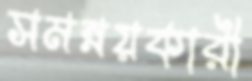
সমন্নয়কারী